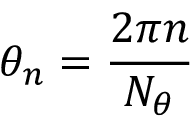
\theta _ { n } = \frac { 2 \pi n } { N _ { \theta } }